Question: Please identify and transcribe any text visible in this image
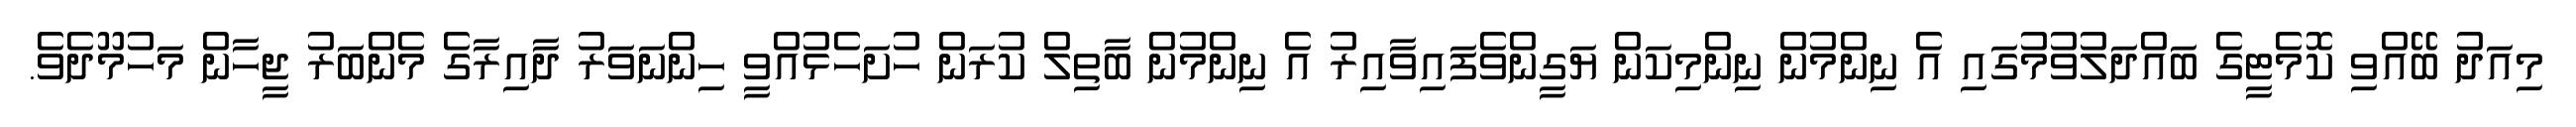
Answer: މިއަދު ބޭއްވި ކޮމެޓީގެ ބައްދަލުވުމުގައި އެ ނިންމުން ނިންމިކަން ޔަގީންވެފައިވާއިރު އެ ނިންމުން ބާތިލް ކުރަން ހުށަހެޅުއްވީ ހިންނަވަރު ދާއިރާގެ މެންބަރު ޖީހާން މަހުމޫދެވެ.